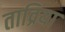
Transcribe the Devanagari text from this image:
ताव्रिया